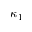
\kappa _ { 1 }